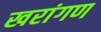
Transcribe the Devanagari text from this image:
खरांगण